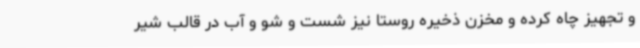
و تجهیز چاه کرده و مخزن ذخیره روستا نیز شست و شو و آب در قالب شیر